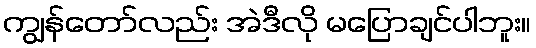
ကျွန်တော်လည်း အဲဒီလို မပြောချင်ပါဘူး။